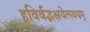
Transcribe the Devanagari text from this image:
हविर्वद्भक्षयेत्स्वयम्